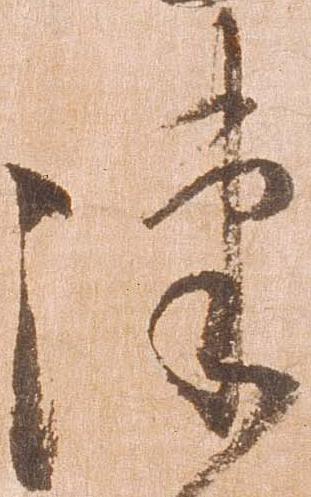
津